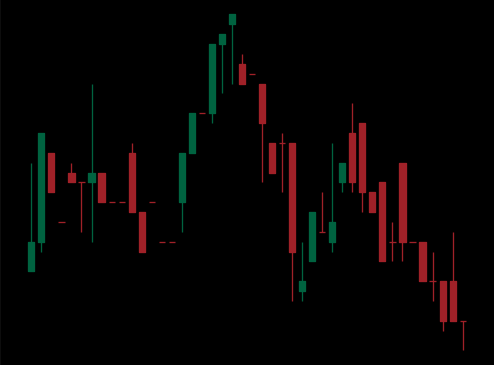
Pattern: head_shoulders